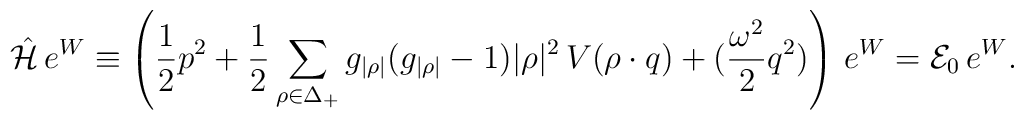
\hat\mathcal{H}\,e^W\equiv\left({1\over 2} p^{2}   + {1\over2}\sum_{\rho\in\Delta_+}   g_{|\rho|}(g_{|\rho|}-1) |\rho|^{2}   \,V(\rho\cdot q)+({\omega^2\over2}q^2)\right)\,e^W={\cal E}_0\,e^W.